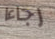
رجاءا